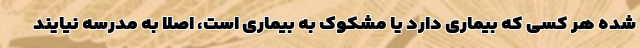
شده هر کسی که بیماری دارد یا مشکوک به بیماری است، اصلا به مدرسه نیایند